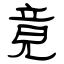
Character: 竟